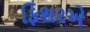
ફિશરએ